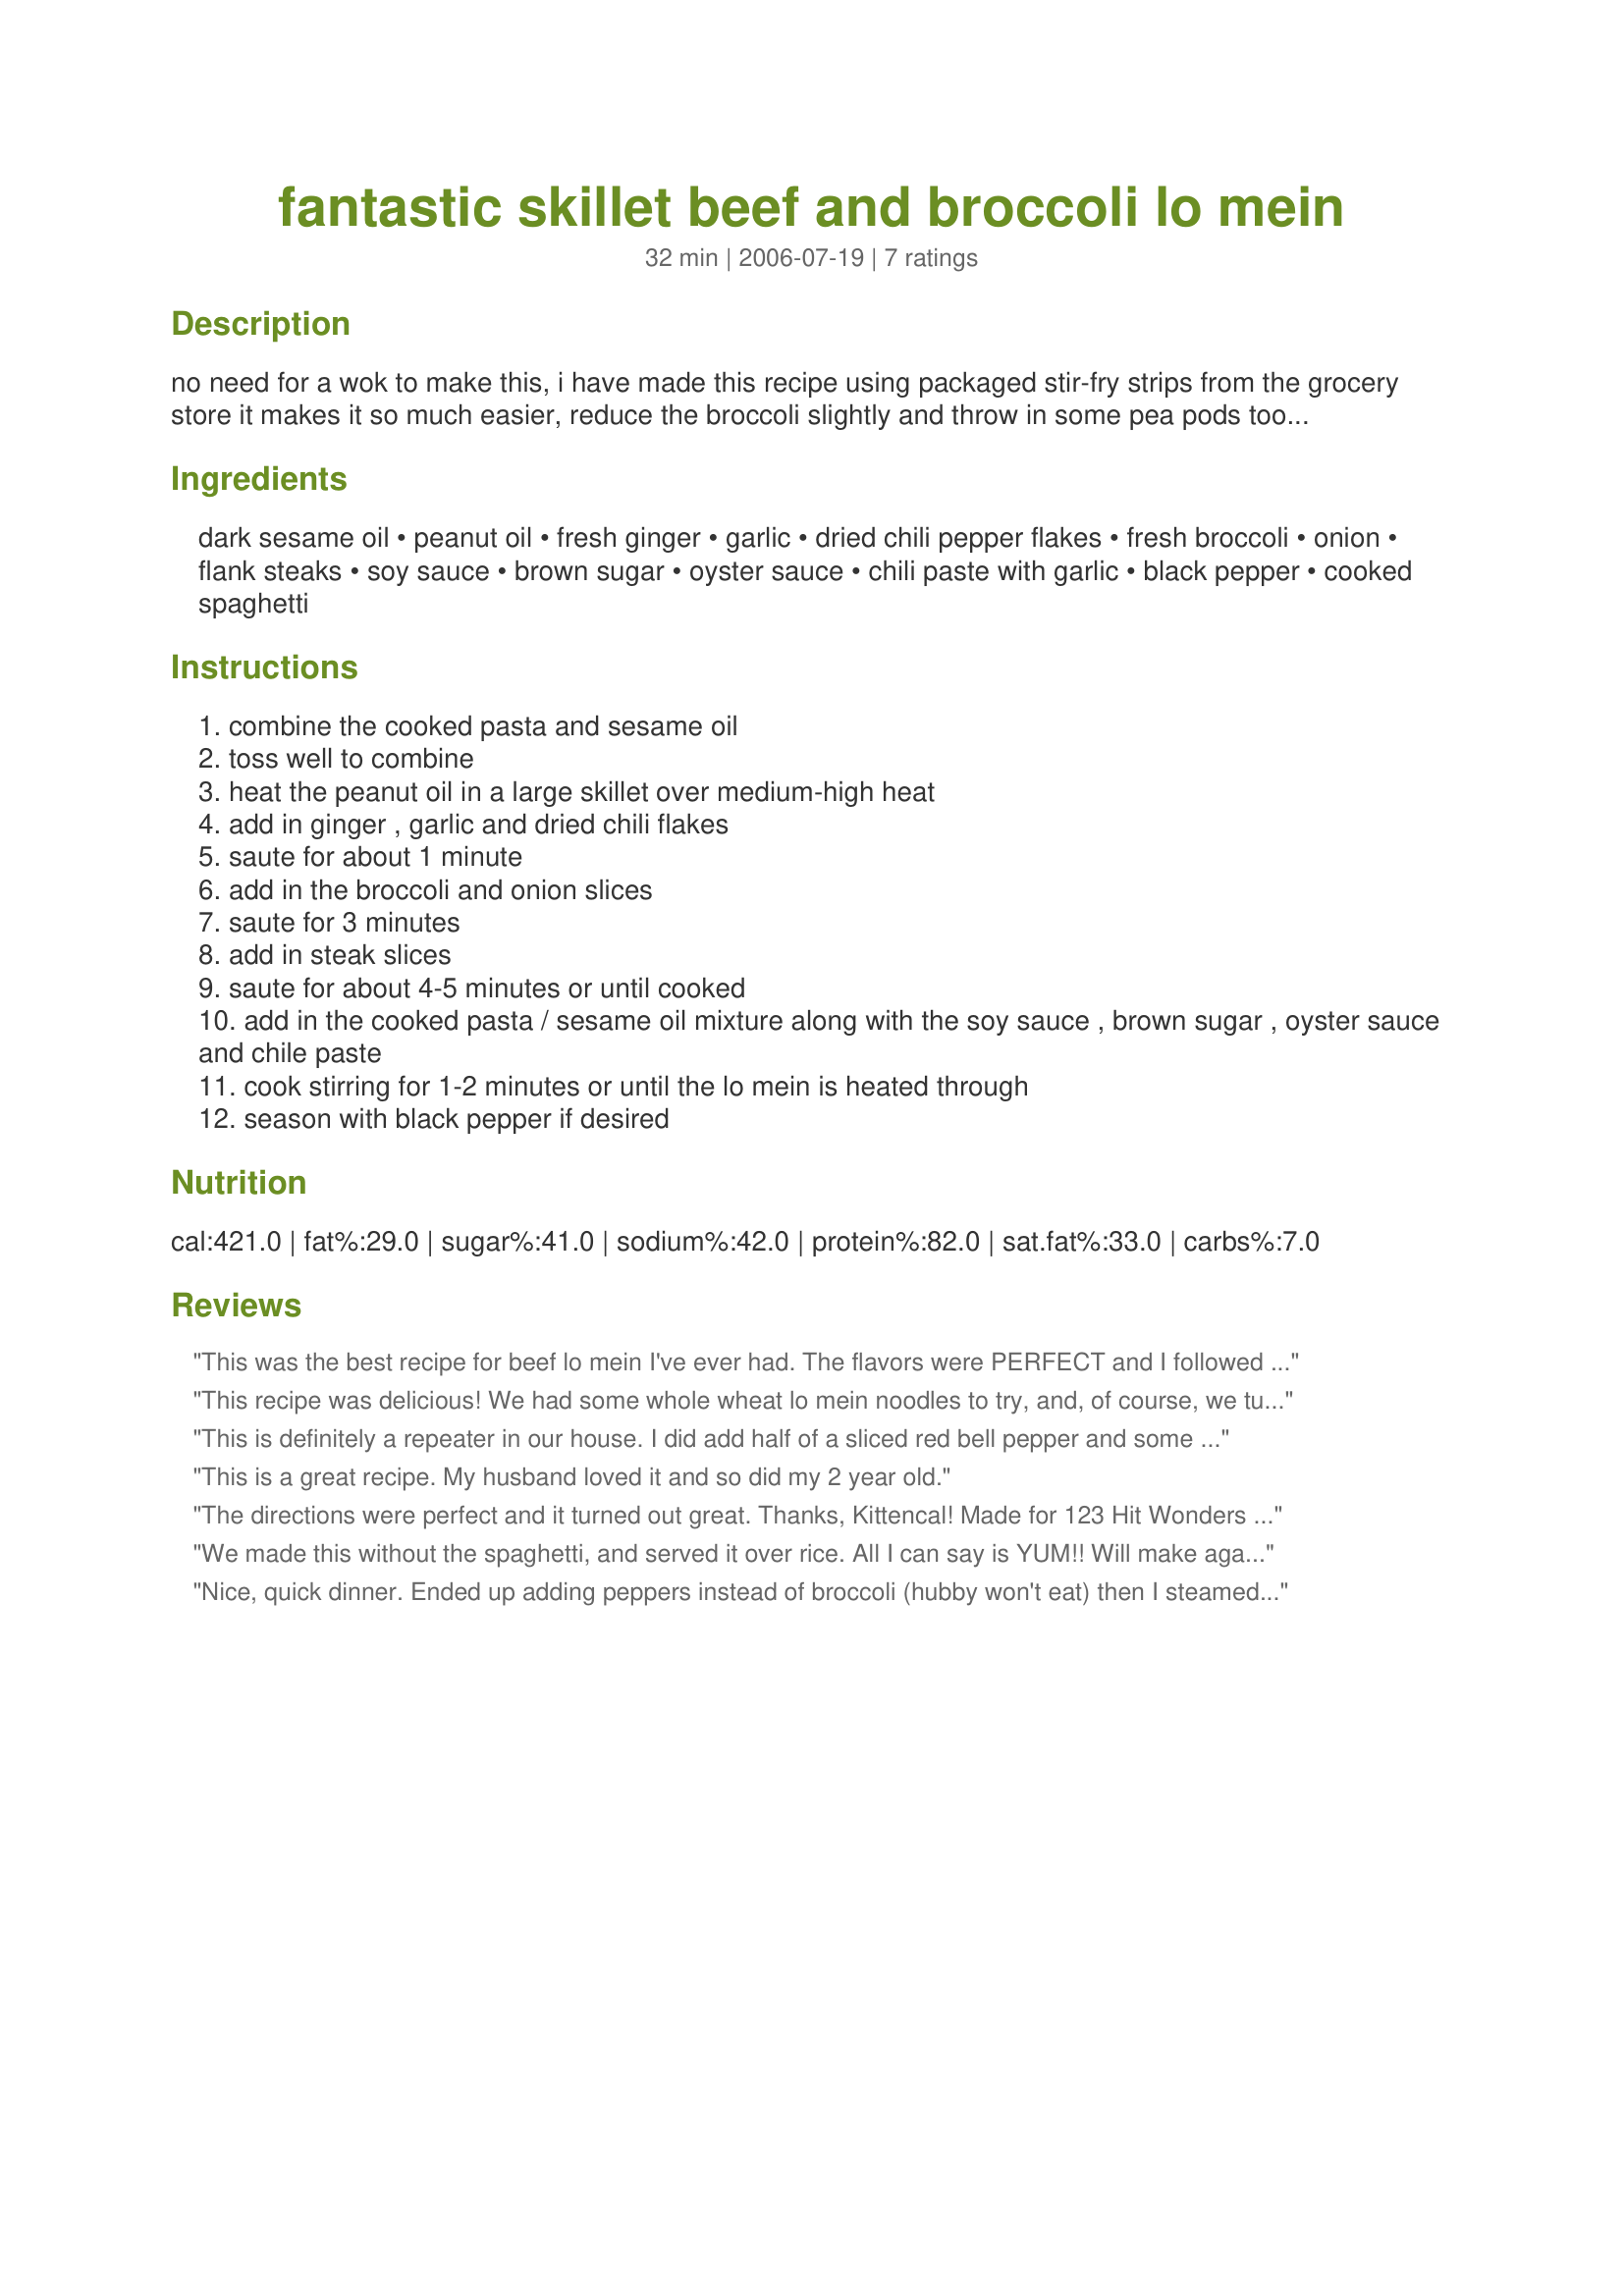
fantastic skillet beef and broccoli lo mein
Preparation time: 32 minutes

no need for a wok to make this, i have made this recipe using packaged stir-fry strips from the grocery store it makes it so much easier, reduce the broccoli slightly and throw in some pea pods too! prep time does not include cooking the pasta, this is very good!

Ingredients:
dark sesame oil, peanut oil, fresh ginger, garlic, dried chili pepper flakes, fresh broccoli, onion, flank steaks, soy sauce, brown sugar, oyster sauce, chili paste with garlic, black pepper, cooked spaghetti

Steps:
combine the cooked pasta and sesame oil
toss well to combine
heat the peanut oil in a large skillet over medium-high heat
add in ginger , garlic and dried chili flakes
saute for about 1 minute
add in the broccoli and onion slices
saute for 3 minutes
add in steak slices
saute for about 4-5 minutes or until cooked
add in the cooked pasta / sesame oil mixture along with the soy sauce , brown sugar , oyster sauce and chile paste
cook stirring for 1-2 minutes or until the lo mein is heated through
season with black pepper if desired

Reviews:
This was the best recipe for beef lo mein I've ever had. The flavors were PERFECT and I followed the recipe exactly as you had it. I will definitely be cooking this again.
This recipe was delicious! We had some whole wheat lo mein noodles to try, and, of course, we turned to a Kittencal recipe! We used our own homemade chili-garlic paste and a little less beef. Will probably make again, maybe with a little "tweeking" for our personal tastes.
This is definitely a repeater in our house. I did add half of a sliced red bell pepper and some shredded carrots mostly for the color. I marinated my beef strips in some sherry and soy sauce for about 30 minutes before stir-frying. Other than those changes, I followed the recipe as written. A winner Kittencal. Thanks
This is a great recipe. My husband loved it and so did my 2 year old.
The directions were perfect and it turned out great. Thanks, Kittencal! Made for 123 Hit Wonders Tag game.
We made this without the spaghetti, and served it over rice. All I can say is YUM!! Will make again, next time I might add a tsp of cornstarch to make the sauce "sticky" Another "fantastic" recipe from KITTENCAL! Thank you!!
Nice, quick dinner. Ended up adding peppers instead of broccoli (hubby won't eat) then I steamed broccoli for me and added it after cooking. Other than that, made exactly as written.
